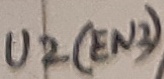
Text: U2(EN2)